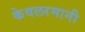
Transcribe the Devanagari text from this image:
केवलरमानी